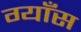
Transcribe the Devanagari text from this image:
ग्याँस